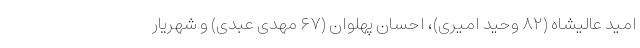
امید عالیشاه (۸۲ وحید امیری)، احسان پهلوان (۶۷ مهدی عبدی) و شهریار